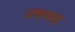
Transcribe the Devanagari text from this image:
उथप्पम्